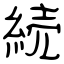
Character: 続